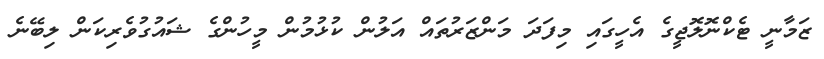
ޒަމާނީ ޓެކްނޮލޮޖީގެ އެހީގައި މިފަދަ މަންޒަރުތައް އަލުން ކުޅުމުން މީހުންގެ ޝައުގުވެރިކަން ލިބޭނެ